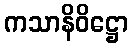
ကသာနိဝိဋ္ဌော